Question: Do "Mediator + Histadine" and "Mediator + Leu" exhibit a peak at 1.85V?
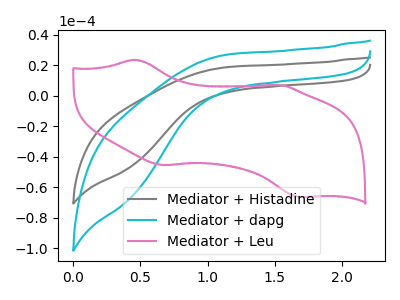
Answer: <think>The gray curve "Mediator + Histadine" has no peaks. The cyan curve "Mediator + dapg" has no peaks. The pink curve "Mediator + Leu" has anodic peaks at (0.45V, 23.60uA) (1.50V, 7.05uA) and cathodic peaks at (0.65V, -45.55uA) (1.70V, -66.45uA).</think>
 <answer>No, "Mediator + Histadine" and "Mediator + Leu" dont share a peak at 1.85V.</answer>
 <eval>mismatch</eval>